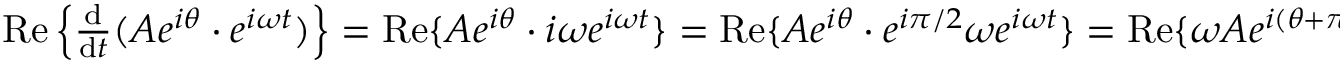
\begin{array} { r } { \operatorname { R e } \left\{ { \frac { \mathrm { d } } { \mathrm { d } t } } ( A e ^ { i \theta } \cdot e ^ { i \omega t } ) \right\} = \operatorname { R e } \{ A e ^ { i \theta } \cdot i \omega e ^ { i \omega t } \} = \operatorname { R e } \{ A e ^ { i \theta } \cdot e ^ { i \pi / 2 } \omega e ^ { i \omega t } \} = \operatorname { R e } \{ \omega A e ^ { i ( \theta + \pi / 2 ) } \cdot e ^ { i \omega t } \} = \omega A \cdot \cos ( \omega t + \theta + \pi / 2 ) } \end{array}